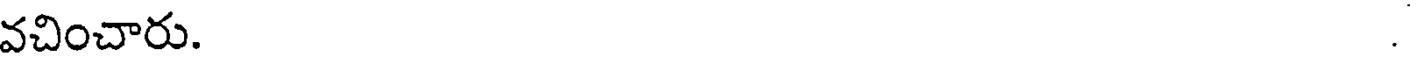
వచించారు. .